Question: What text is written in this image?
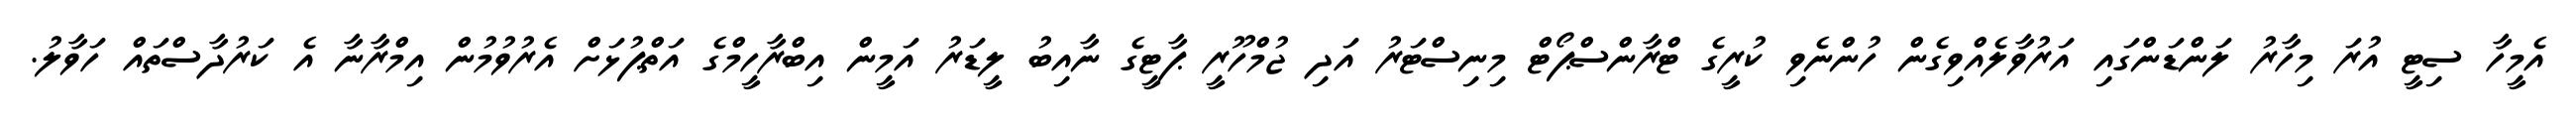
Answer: އެމީހާ ސިޓީ އުރަ މިހާރު ލަންޑަންގައި އަރުވާލެއްވިގެން ހުންނެވި ކުރީގެ ޓްރާންސްޕޯޓް މިނިސްޓަރު އަދި ޖުމްހޫރީ ޕާޓީގެ ނާއިބު ލީޑަރު އަމީން އިބްރާހީމްގެ އަތްޕުޅަށް އެރުވުމުން އިމްރާނާ އެ ކަރުދާސްތައް ހަވާލު.